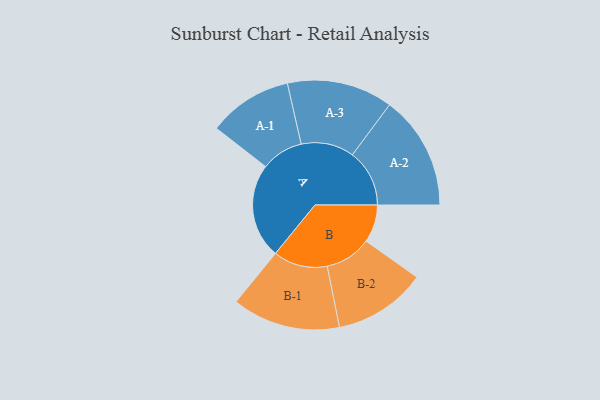
{"axis": {"x": "Segment", "y": "Value"}, "legend": ["", "A", "B"], "data": [{"x": "A", "y": 480, "type": ""}, {"x": "B", "y": 191, "type": ""}, {"x": "A-1", "y": 213, "type": "A"}, {"x": "A-2", "y": 289, "type": "A"}, {"x": "A-3", "y": 268, "type": "A"}, {"x": "B-1", "y": 274, "type": "B"}, {"x": "B-2", "y": 235, "type": "B"}]}